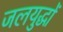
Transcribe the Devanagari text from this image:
जलयुद्धों